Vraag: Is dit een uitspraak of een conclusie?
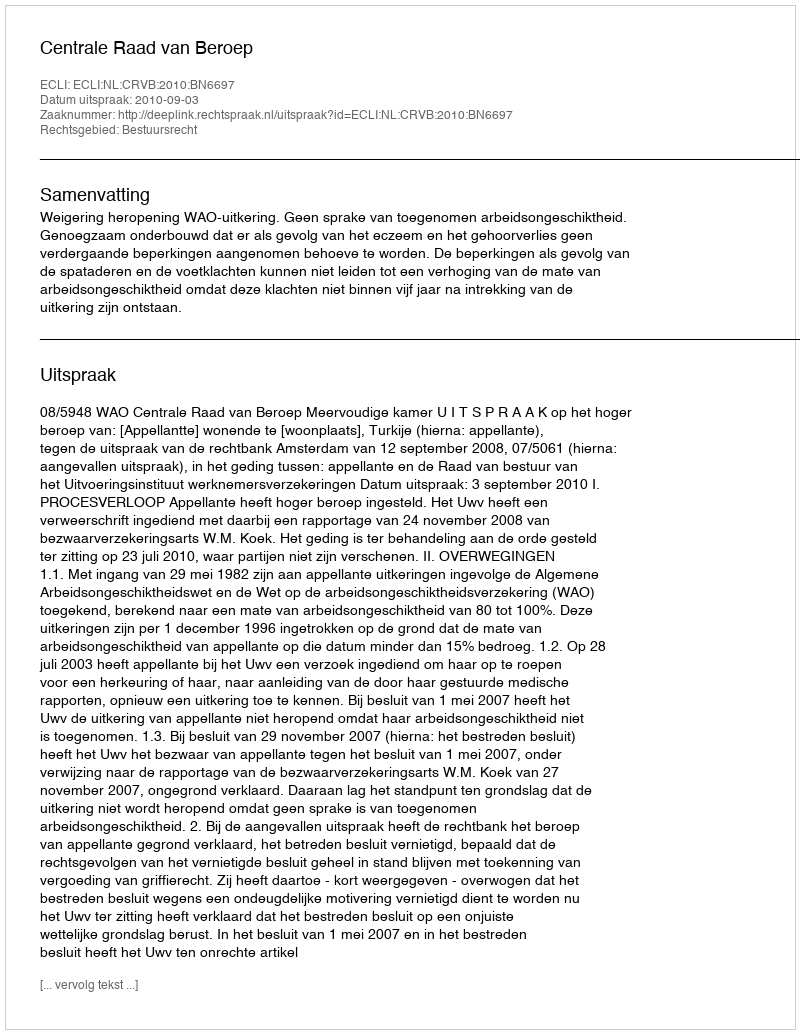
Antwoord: Uitspraak